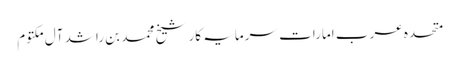
متحدہ عرب امارات سرمایہ کار شیخ محمد بن راشد آل مکتوم